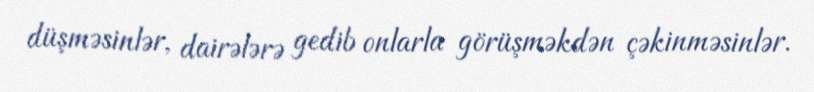
düşməsinlər, dairələrə gedib onlarla görüşməkdən çəkinməsinlər.